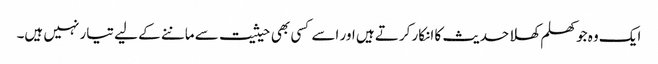
ایک وہ جو کھلم کھلا حدیث کا انکار کرتے ہیں اور اسے کسی بھی حیثیت سے ماننے کے لیے تیار نہیں ہیں۔